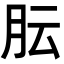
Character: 𬁴